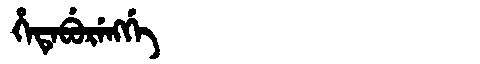
Manchu: ᡥᡝᡨᡝᠪᡠᡵᡝᠩᡤᡝ
Romanization: HETEBURENGGE